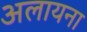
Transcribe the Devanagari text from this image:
अलायना